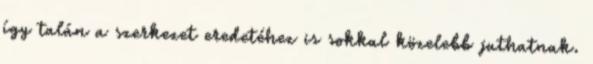
így talán a szerkezet eredetéhez is sokkal közelebb juthatnak.